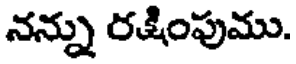
నన్ను రక్షింపుము.